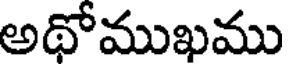
అథోముఖము